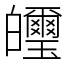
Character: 𤿂